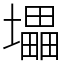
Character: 㙼